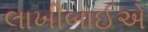
લાખીબાઈએ